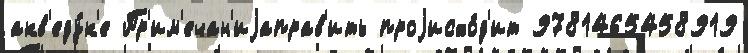
акв'еду́к'е Пр'им'ечан'иjаправ'ить проjисхо́д'ит 9781465458919